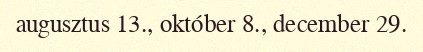
augusztus 13., október 8., december 29.